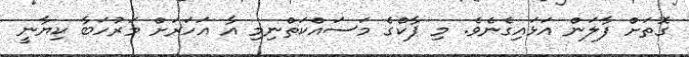
ގޮތަށް ފާލަން އަޅައިގެނެވެ. މި ޕާކްގެ މަސައްކަތްނިމި އާ އަހަރަށް މަރުހަބާ ކިޔާނީ